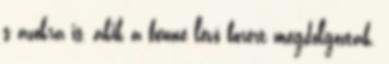
s azokra is, akik a benne lévő borért megdolgoztak.